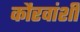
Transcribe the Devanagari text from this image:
कौरवांशी